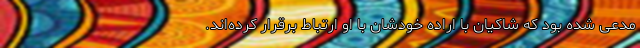
مدعی شده بود که شاکیان با اراده خودشان با او ارتباط برقرار کرده‌اند.